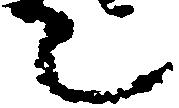
て